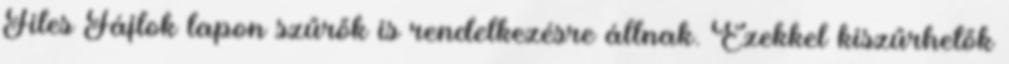
Files Fájlok lapon szűrők is rendelkezésre állnak. Ezekkel kiszűrhetők